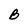
Character: B